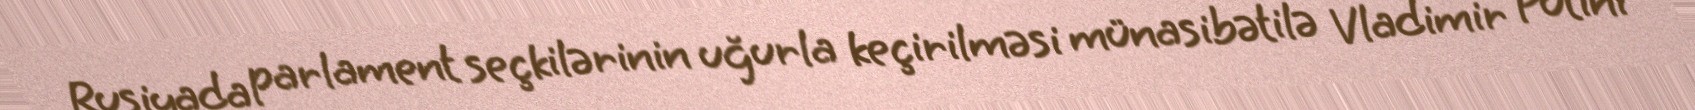
Rusiyada parlament seçkilərinin uğurla keçirilməsi münasibətilə Vladimir Putini